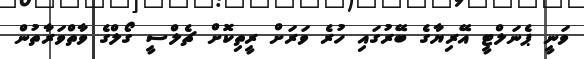
ވަނީ ޕެނަލްޓީ އޭރިޔާގެ ބޭރުގައި ހުރެ ވަރަށް ރީތިކޮށް ޗެލްސީ ގޯލްގެ ވާތްވަރާތުން